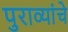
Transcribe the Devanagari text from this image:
पुराव्यांचे